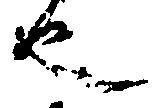
也